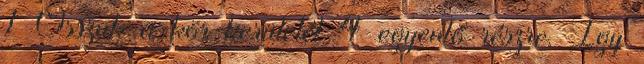
1 Osszuk a kör kerületét 4 egyenlő részre. Így